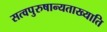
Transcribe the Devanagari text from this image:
सत्वपुरुषान्यताख्याति